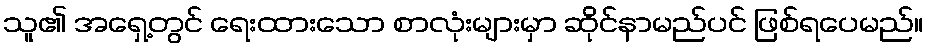
သူ၏ အရှေ့တွင် ရေးထားသော စာလုံးများမှာ ဆိုင်နာမည်ပင် ဖြစ်ရပေမည်။